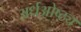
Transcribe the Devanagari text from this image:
अर्धओष्ठ्य